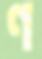
ণ